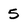
Character: 5